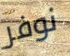
نوفر